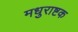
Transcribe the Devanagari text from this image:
मधुराष्टक